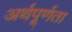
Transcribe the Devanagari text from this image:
अर्थपूर्णता